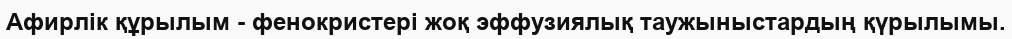
Афирлік құрылым - фенокристері жоқ эффузиялық таужыныстардың қүрылымы.